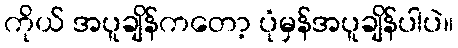
ကိုယ် အပူချိန်ကတော့ ပုံမှန်အပူချိန်ပါပဲ။